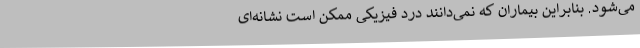
می‌شود. بنابراین بیماران که نمی‌دانند درد فیزیکی ممکن است نشانه‌ای